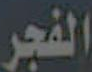
الفجر